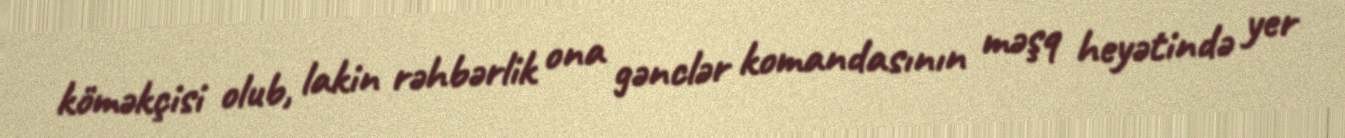
köməkçisi olub, lakin rəhbərlik ona gənclər komandasının məşq heyətində yer